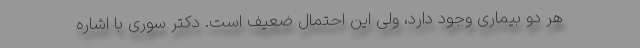
هر دو بیماری وجود دارد، ولی این احتمال ضعیف است. دکتر سوری با اشاره